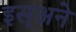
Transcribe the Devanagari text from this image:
इस्अने